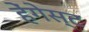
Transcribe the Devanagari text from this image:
हेंगेस्ट